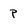
Character: P